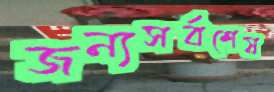
জন্যসর্বশেষ